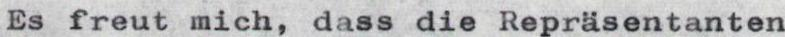
Es freut mich, dass die Repräsentanten